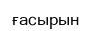
ғасырын